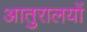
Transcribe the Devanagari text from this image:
आतुरालयों